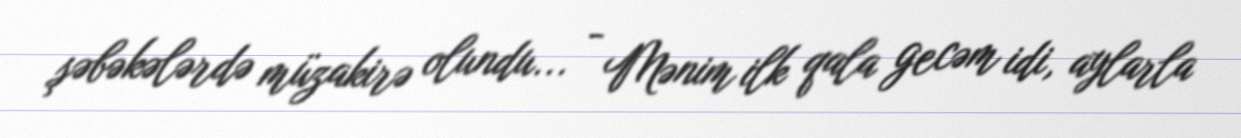
şəbəkələrdə müzakirə olundu... - Mənim ilk qala gecəm idi, aylarla